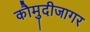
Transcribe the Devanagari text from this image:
कौमुदीजागर